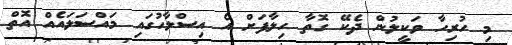
މި ހުރިހާ ވަކީލުން ދެކޭ ގޮތާ ހިލާފަށް އެ އިސްލާހުގައި މައްސަލައެއް އޮތް